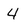
Character: 4